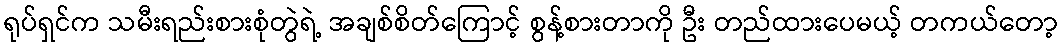
ရုပ်ရှင်က သမီးရည်းစားစုံတွဲရဲ့ အချစ်စိတ်ကြောင့် စွန့်စားတာကို ဦး တည်ထားပေမယ့် တကယ်တော့